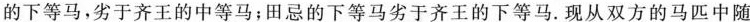
的下等马，劣于齐王的中等马；田忌的下等马劣于齐王的下等马.现从双方的马匹中随